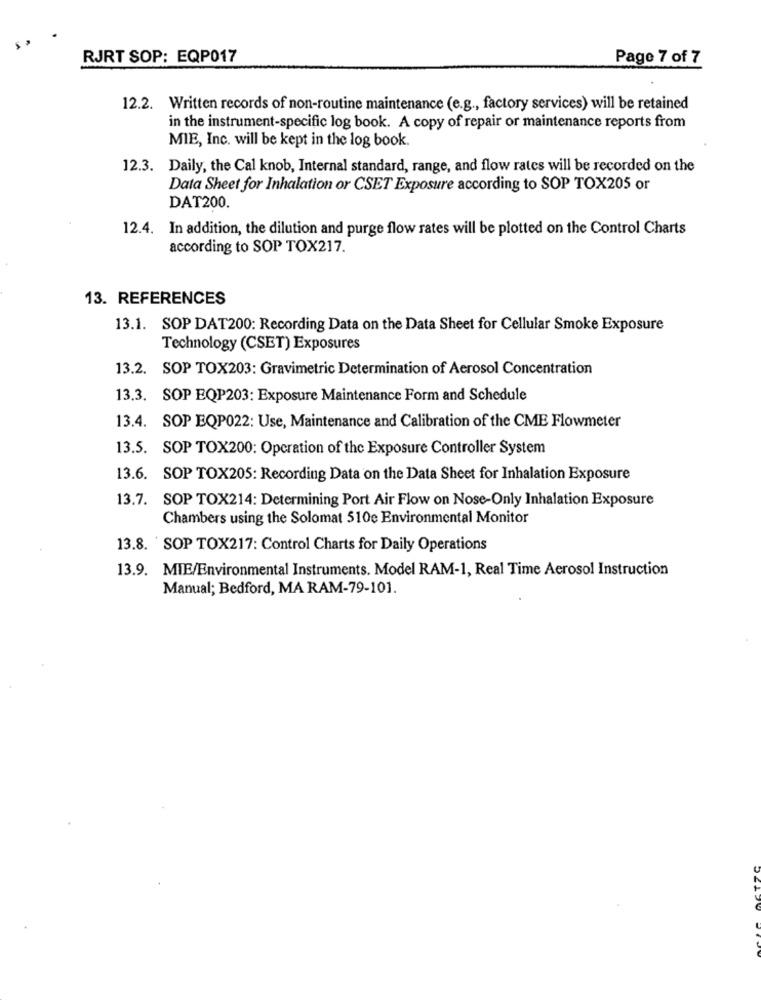
RJRT SOP: EQP017
Page 7 of 7
12.2. Written records of non-routine maintenance (e.g ., factory services) will be retained
in the instrument-specific log book. A copy of repair or maintenance reports from
MIE, Inc. will be kept in the log book.
12.3. Daily, the Cal knob, Internal standard, range, and flow rates will be recorded on the
Data Sheet for Inhalation or CSET Exposure according to SOP TOX205 or
DAT200.
12.4. In addition, the dilution and purge flow rates will be plotted on the Control Charts
according to SOP TOX217.
13. REFERENCES
13.1. SOP DAT200: Recording Data on the Data Sheet for Cellular Smoke Exposure
Technology (CSET) Exposures
13.2. SOP TOX203: Gravimetric Determination of Aerosol Concentration
13.3. SOP EQP203: Exposure Maintenance Form and Schedule
13.4. SOP EQPO22: Use, Maintenance and Calibration of the CME Flowmeter
13.5. SOP TOX200: Operation of the Exposure Controller System
13.6. SOP TOX205: Recording Data on the Data Sheet for Inhalation Exposure
13.7. SOP TOX214: Determining Port Air Flow on Nose-Only Inhalation Exposure
Chambers using the Solomat 510e Environmental Monitor
13.8. 'SOP TOX217: Control Charts for Daily Operations
13.9. MIE/Environmental Instruments. Model RAM-1, Real Time Aerosol Instruction
Manual; Bedford, MA RAM-79-101.